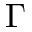
\Gamma